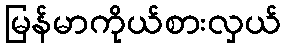
မြန်မာကိုယ်စားလှယ်